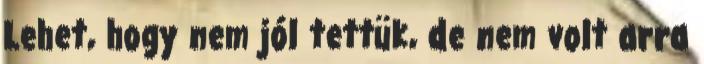
Lehet, hogy nem jól tettük, de nem volt arra